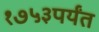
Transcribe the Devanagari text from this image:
१७५३पर्यंत